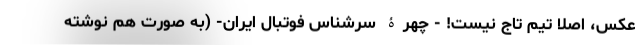
عکس، اصلا تیم تاج نیست! - چهرۀ سرشناس فوتبال ایران- (به صورت هم نوشته